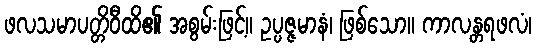
ဖလသမာပတ္တိဝီထိ၏ အစွမ်းဖြင့်။ ဥပ္ပဇ္ဇမာနံ၊ ဖြစ်သော။ ကာလန္တရဖလံ၊